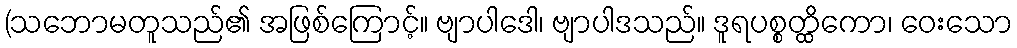
(သဘောမတူသည်၏ အဖြစ်ကြောင့်။ ဗျာပါဒေါ၊ ဗျာပါဒသည်။ ဒူရပစ္စတ္ထိကော၊ ဝေးသော